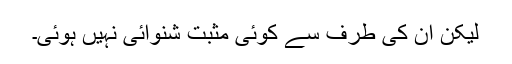
لیکن ان کی طرف سے کوئی مثبت شنوائی نہیں ہوئی۔